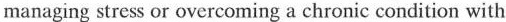
managing stress or overeoming a chronic condition with